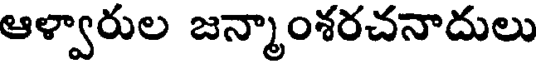
ఆళ్వారుల జన్మాంశరచనాదులు